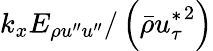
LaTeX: k_{x}E_{\rho u^{\prime\prime}u^{\prime\prime}}/\left(\bar{\rho}{u_{\tau}^{*}}^{2}\right)